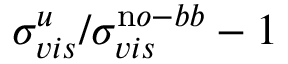
\sigma _ { v i s } ^ { u } / \sigma _ { v i s } ^ { \mathrm n o - b b } - 1